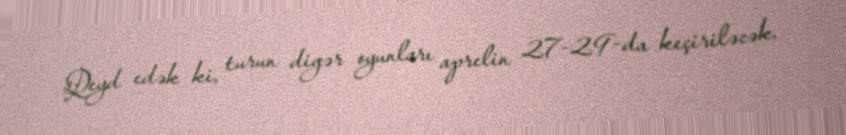
Qeyd edək ki, turun digər oyunları aprelin 27-29-da keçiriləcək.